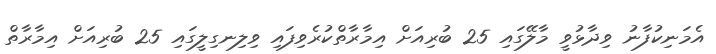
އެމަނިކުފާނު ވިދާޅުވީ މާލޭގައި 25 ބުރިއަށް އިމާރާތްކުރެވިފައި ވިލިނގިލީގައި 25 ބުރިއަށް އިމާރާތް